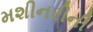
મશીનરીની